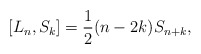
\begin{align*}\left[L_n, S_k\right]=\frac{1}{2}(n-2k)S_{n+k},\end{align*}